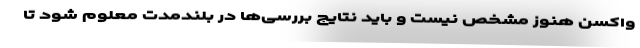
واکسن هنوز مشخص نیست و باید نتایج بررسی‌ها در بلندمدت معلوم شود تا